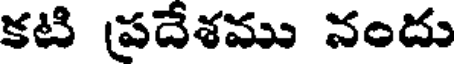
కటి ప్రదేశము నందు